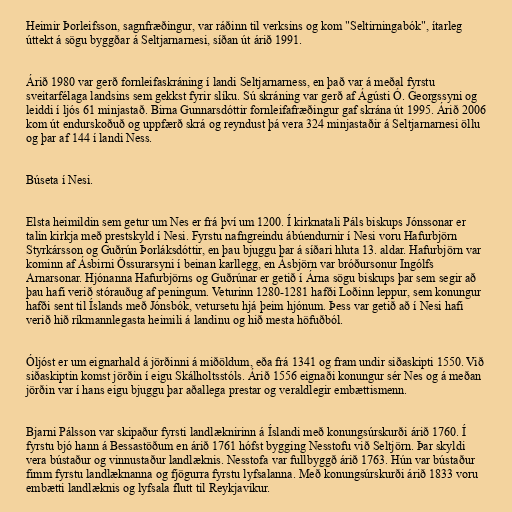
Heimir Þorleifsson, sagnfræðingur, var ráðinn til verksins og kom "Seltirningabók", ítarleg
úttekt á sögu byggðar á Seltjarnarnesi, síðan út árið 1991.

Árið 1980 var gerð fornleifaskráning í landi Seltjarnarness, en það var á meðal fyrstu
sveitarfélaga landsins sem gekkst fyrir slíku. Sú skráning var gerð af Ágústi Ó. Georgssyni og
leiddi í ljós 61 minjastað. Birna Gunnarsdóttir fornleifafræðingur gaf skrána út 1995. Árið 2006
kom út endurskoðuð og uppfærð skrá og reyndust þá vera 324 minjastaðir á Seltjarnarnesi öllu
og þar af 144 í landi Ness.

Búseta í Nesi.

Elsta heimildin sem getur um Nes er frá því um 1200. Í kirknatali Páls biskups Jónssonar er
talin kirkja með prestskyld í Nesi. Fyrstu nafngreindu ábúendurnir í Nesi voru Hafurbjörn
Styrkársson og Guðrún Þorláksdóttir, en þau bjuggu þar á síðari hluta 13. aldar. Hafurbjörn var
kominn af Ásbirni Össurarsyni í beinan karllegg, en Ásbjörn var bróðursonur Ingólfs
Arnarsonar. Hjónanna Hafurbjörns og Guðrúnar er getið í Árna sögu biskups þar sem segir að
þau hafi verið stórauðug af peningum. Veturinn 1280-1281 hafði Loðinn leppur, sem konungur
hafði sent til Íslands með Jónsbók, vetursetu hjá þeim hjónum. Þess var getið að í Nesi hafi
verið hið ríkmannlegasta heimili á landinu og hið mesta höfuðból.

Óljóst er um eignarhald á jörðinni á miðöldum, eða frá 1341 og fram undir siðaskipti 1550. Við
siðaskiptin komst jörðin í eigu Skálholtsstóls. Árið 1556 eignaði konungur sér Nes og á meðan
jörðin var í hans eigu bjuggu þar aðallega prestar og veraldlegir embættismenn.

Bjarni Pálsson var skipaður fyrsti landlæknirinn á Íslandi með konungsúrskurði árið 1760. Í
fyrstu bjó hann á Bessastöðum en árið 1761 hófst bygging Nesstofu við Seltjörn. Þar skyldi
vera bústaður og vinnustaður landlæknis. Nesstofa var fullbyggð árið 1763. Hún var bústaður
fimm fyrstu landlæknanna og fjögurra fyrstu lyfsalanna. Með konungsúrskurði árið 1833 voru
embætti landlæknis og lyfsala flutt til Reykjavíkur.